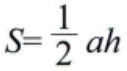
$S=\frac{1}{2}ah$